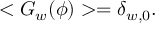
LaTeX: < G _ { w } ( \phi ) > = \delta _ { w , 0 } .